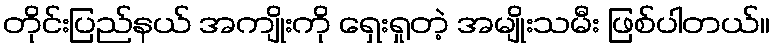
တိုင်းပြည်နယ် အကျိုးကို ရှေးရှုတဲ့ အမျိုးသမီး ဖြစ်ပါတယ်။